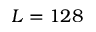
L = 1 2 8